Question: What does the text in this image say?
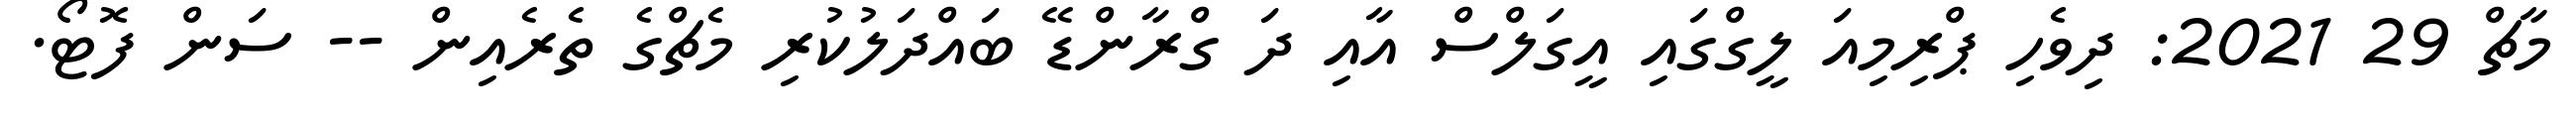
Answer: މާޗް 29 2021: ދިވެހި ޕްރިމިއަ ލީގްގައި އީގަލްސް އާއި ދަ ގްރާންޑޭ ބައްދަލުކުރި މެޗްގެ ތެރެއިން -- ސަން ފޮޓޯ.